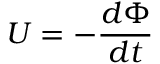
U = - { \frac { d \Phi } { d t } }